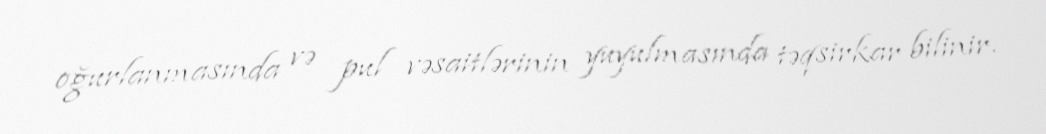
oğurlanmasında və pul vəsaitlərinin yuyulmasında təqsirkar bilinir.